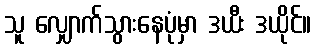
သူ လျှောက်သွားနေပုံမှာ ဒယီး ဒယိုင်။